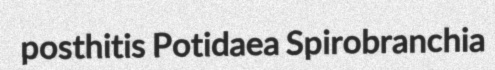
posthitis Potidaea Spirobranchia